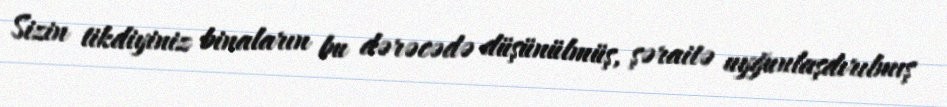
Sizin tikdiyiniz binaların bu dərəcədə düşünülmüş, şəraitə uyğunlaşdırılmış